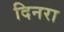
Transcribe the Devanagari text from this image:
दिनरा